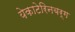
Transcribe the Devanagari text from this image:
येकाटेरिनबर्ग